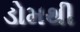
ડોમથી